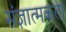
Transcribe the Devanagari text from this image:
संज्ञात्मकता